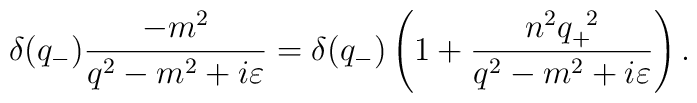
{\delta}(q_-)\frac{-m^2}{q^2-m^2+i{\varepsilon}}={\delta}(q_-)\left(1+\frac{n^2q_+^{\;\;2}}{q^2-m^2+i{\varepsilon}} \right).